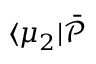
\langle \mu _ { 2 } \vert \bar { \mathcal { P } }